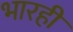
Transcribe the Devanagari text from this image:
भारही